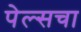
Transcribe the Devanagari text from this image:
पेल्सचा